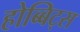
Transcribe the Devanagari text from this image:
होब्बिट्स